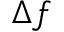
\Delta f